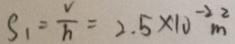
S _ { 1 } = \frac { V } { h } = 2 . 5 \times 1 0 ^ { - 2 } m ^ { 2 }